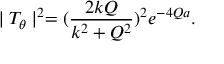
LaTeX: \mid T _ { \theta } \mid ^ { 2 } = ( \frac { 2 k Q } { k ^ { 2 } + Q ^ { 2 } } ) ^ { 2 } e ^ { - 4 Q a } .